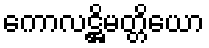
ကောလဋ္ဌိမတ္တိယော